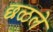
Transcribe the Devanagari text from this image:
छळले